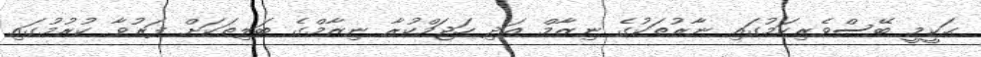
ޙަކީމީ ބޭސްވެރިކަމުގައި ނާރުތަކުގެ ނިޒާމް އަދި ހަޖަމްކުރާ ނިޒާމްގެ ބަލިތަކަށް ފަރުވާ ކުރުމުގައި